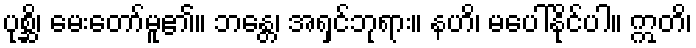
ပုစ္ဆိ၊ မေးတော်မူ၏။ ဘန္တေ၊ အရှင်ဘုရား။ နဟိ၊ မပေါ်နိုင်ပါ။ ဣတိ၊